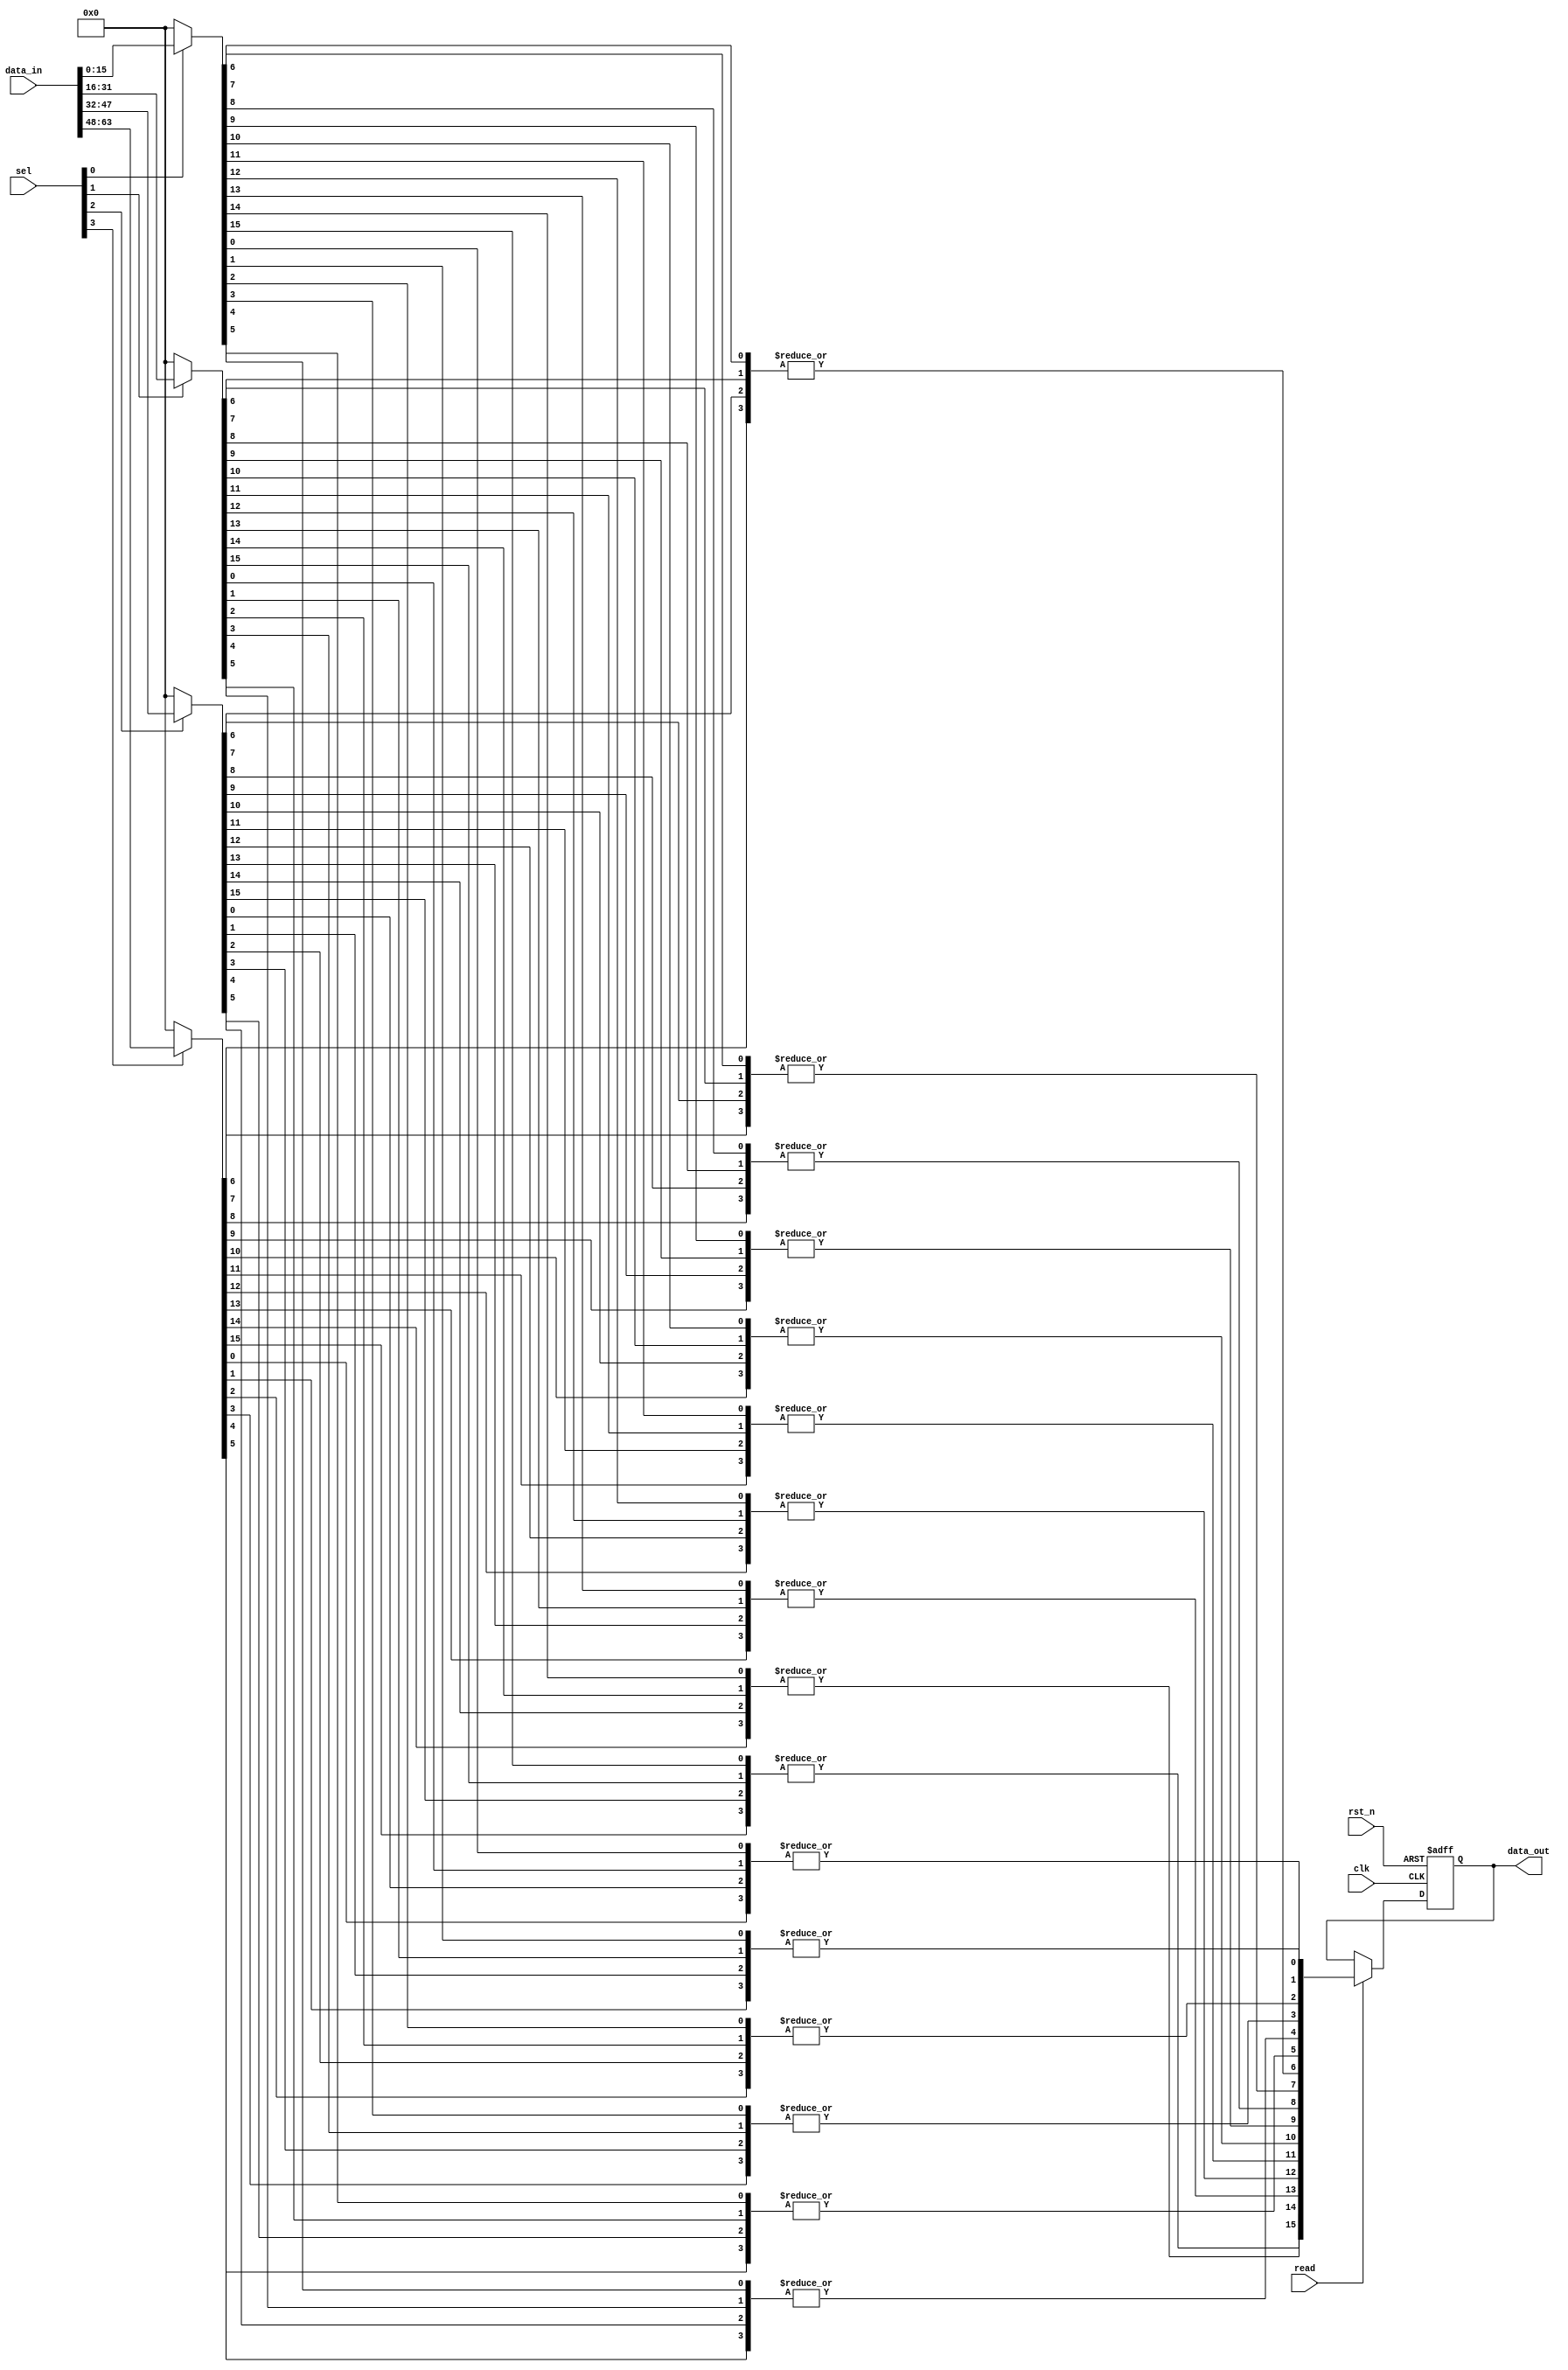
// This program was cloned from: https://github.com/chipsalliance/aib-phy-hardware
// License: Apache License 2.0

// SPDX-License-Identifier: Apache-2.0
// Copyright (C) 2019 Intel Corporation. 
//****************************************************************************************
// (C) 2012 Altera Corporation. .
//
//****************************************************************************************

module cfg_dprio_readdata_mux 
#(
   parameter DATA_WIDTH      = 16,  // Data width
   parameter NUM_INPUT       = 4    // Number of n-bit input
 )
( 
input  wire                             clk,
input  wire                             rst_n,
input  wire                             read,
input  wire [NUM_INPUT-1:0]             sel,      // 1-hot selection input
input  wire [DATA_WIDTH*NUM_INPUT-1:0]  data_in,  // data input

output reg  [DATA_WIDTH-1:0]            data_out  // data output
);


wire  [DATA_WIDTH-1:0] data_out_int[0:NUM_INPUT-1];
//wire  [DATA_WIDTH-1:0] input_array[0:NUM_INPUT-1];
wire  [DATA_WIDTH-1:0] data_out_d;
wire  [NUM_INPUT-1:0] data_out_bit[0:DATA_WIDTH-1];

generate
genvar i;
  for (i=0; i<NUM_INPUT; i=i+1)
    begin: array_assignment
//      assign input_array[i] = data_in[(DATA_WIDTH*(i+1))-1:DATA_WIDTH*i];
      // 2:1 mux for each data_in[DATA_WIDTH-1:0]
      assign data_out_int[i] = (sel[i]) ? data_in[(DATA_WIDTH*(i+1))-1:DATA_WIDTH*i] : {DATA_WIDTH{1'b0}};
    end
endgenerate

generate
genvar k,l;
  for (k=0; k<DATA_WIDTH; k=k+1)
  begin: bit_sel
    for (l=0; l<NUM_INPUT; l=l+1)
      begin: bit_sel_or
        // Create array of bit[0], bit[1],.... for muxed data
        assign data_out_bit[k][l] = data_out_int[l][k];
      end
  // bitwise ORED each array element
  assign data_out_d[k] = |data_out_bit[k];
  end
endgenerate


// Registering output
always @ (negedge rst_n or posedge clk)
  if (rst_n == 1'b0)
    begin
      data_out <= {DATA_WIDTH{1'b0}};
    end
  else
    begin
      if (read == 1'b1)
        begin
          data_out <= data_out_d;
        end
    end


/*
wire [DATA_WIDTH*(NUM_INPUT+1)-1:0] out_int;

// 1-hot muxing
generate
genvar i;
 for (i=0; i<NUM_INPUT; i=i+1)
   begin: modular_mux
   hd_dpcmn_dprio_readdata_mux_mod 
   #(
     .DATA_WIDTH(DATA_WIDTH)  // Data width
    ) hd_dpcmn_dprio_readdata_mux_mod
    ( 
     .sel      (sel[i]),                                        // 1-hot selection input
     .data_in1 (data_in[DATA_WIDTH*(i+1)-1:DATA_WIDTH*(i+0)]),  // data input
     .data_in0 (out_int[DATA_WIDTH*(i+1)-1:DATA_WIDTH*(i+0)]),  // data input
     .data_out (out_int[DATA_WIDTH*(i+2)-1:DATA_WIDTH*(i+1)])   // data output
    );
   end
endgenerate

assign out_int[DATA_WIDTH-1:0] = {DATA_WIDTH{1'b0}};

// Registering output
always @ (negedge rst_n or posedge clk)
  if (rst_n == 1'b0)
    begin
      data_out <= {DATA_WIDTH{1'b0}};
    end
  else
    begin
      if (read == 1'b1)
        begin
          data_out <= out_int[DATA_WIDTH*(NUM_INPUT+1)-1:DATA_WIDTH*NUM_INPUT];
        end
    end
*/    
endmodule